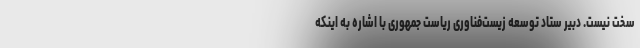
سخت نیست. دبیر ستاد توسعه زیست‌فناوری ریاست جمهوری با اشاره به اینکه